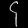
Digit: ၄